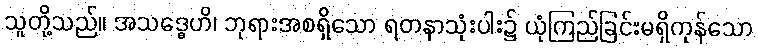
သူတို့သည်။ အသဒ္ဓေဟိ၊ ဘုရားအစရှိသော ရတနာသုံးပါး၌ ယုံကြည်ခြင်းမရှိကုန်သော